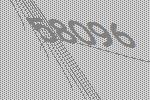
58096